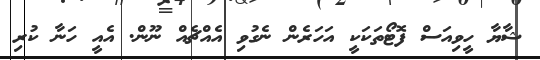
ޝާޔާ ހީވިއަސް ފޮޓޯތަކަކީ އަހަރެން ނެގުވި އެއްޗެއް ނޫން. އެއީ ހަނާ ކުރި